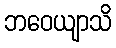
ဘဝေယျာသိ